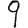
Digit: 9